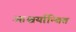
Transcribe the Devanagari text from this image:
आश्चर्यान्वित